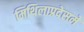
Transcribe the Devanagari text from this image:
मिथिलाप्रदेसमे